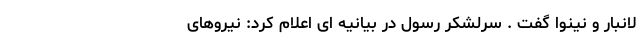
لانبار و نینوا گفت . سرلشکر رسول در بیانیه ای اعلام کرد: نیروهای